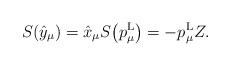
\begin{gather*}{S}(\hat{y}_\mu)=\hat{x}_\mu{S}\big(p^{\rm L}_\mu\big)=-p^{\rm L}_\mu Z.\end{gather*}